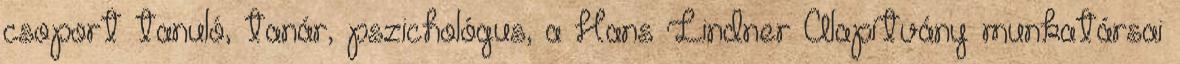
csoport tanuló, tanár, pszichológus, a Hans Lindner Alapítvány munkatársai